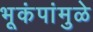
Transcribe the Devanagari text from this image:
भूकंपांमुळे